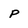
Character: p